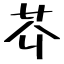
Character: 芥